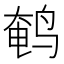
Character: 鹌